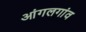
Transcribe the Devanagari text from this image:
आंगलगांव